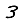
Digit: 3